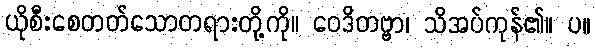
ယိုစီးစေတတ်သောတရားတို့ကို။ ဝေဒိတဗ္ဗာ၊ သိအပ်ကုန်၏။ ပ။